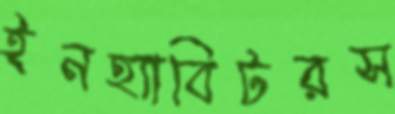
ইনহ্যাবিটরস